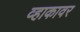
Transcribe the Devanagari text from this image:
व्हाकावर